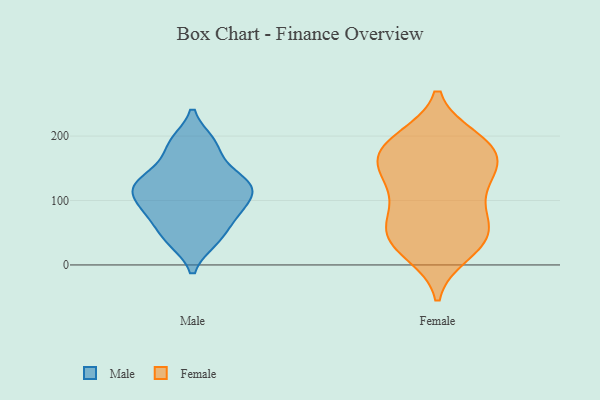
{"axis": {"x": "Page Views", "y": "Value"}, "legend": ["Female", "Male"], "data": [{"x": "", "y": 87, "type": "Male"}, {"x": "", "y": 127, "type": "Male"}, {"x": "", "y": 40, "type": "Male"}, {"x": "", "y": 106, "type": "Male"}, {"x": "", "y": 82, "type": "Male"}, {"x": "", "y": 124, "type": "Male"}, {"x": "", "y": 38, "type": "Male"}, {"x": "", "y": 190, "type": "Male"}, {"x": "", "y": 70, "type": "Male"}, {"x": "", "y": 126, "type": "Male"}, {"x": "", "y": 117, "type": "Male"}, {"x": "", "y": 187, "type": "Male"}, {"x": "", "y": 152, "type": "Male"}, {"x": "", "y": 39, "type": "Female"}, {"x": "", "y": 67, "type": "Female"}, {"x": "", "y": 117, "type": "Female"}, {"x": "", "y": 19, "type": "Female"}, {"x": "", "y": 95, "type": "Female"}, {"x": "", "y": 193, "type": "Female"}, {"x": "", "y": 43, "type": "Female"}, {"x": "", "y": 68, "type": "Female"}, {"x": "", "y": 149, "type": "Female"}, {"x": "", "y": 162, "type": "Female"}, {"x": "", "y": 171, "type": "Female"}, {"x": "", "y": 28, "type": "Female"}, {"x": "", "y": 132, "type": "Female"}, {"x": "", "y": 145, "type": "Female"}, {"x": "", "y": 52, "type": "Female"}, {"x": "", "y": 185, "type": "Female"}, {"x": "", "y": 181, "type": "Female"}, {"x": "", "y": 195, "type": "Female"}]}